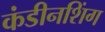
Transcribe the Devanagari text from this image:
कंडीनशिंग